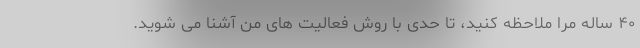
۴۰ ساله مرا ملاحظه کنید، تا حدی با روش فعالیت های من آشنا می شوید.